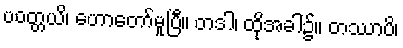
ပဝတ္တယိ၊ ဟောတော်မူပြီ။ တဒါ၊ ထိုအခါ၌။ တဿာပိ၊